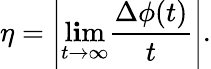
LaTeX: \eta=\left|\operatorname*{l\mathbf{i}m}_{t\rightarrow\infty}\frac{{\Delta\phi(t)}}{{t}}\right|.